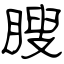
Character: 瞍